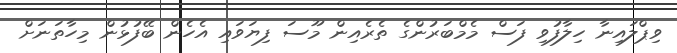
ވިޕްލައިނާ ހިލާފުވި ފަސް މެމްބަރުންގެ ތެރެއިން މޫސަ ފިޔަވައި އެހެން ބޭފުޅުން މިހާތަނަށް